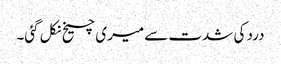
درد کی شدت سے میری چیخ نکل گئی۔